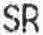
SR